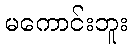
မကောင်းဘူး